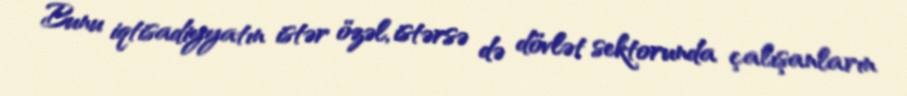
Bunu iqtisadiyyatın istər özəl, istərsə də dövlət sektorunda çalışanların